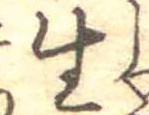
生